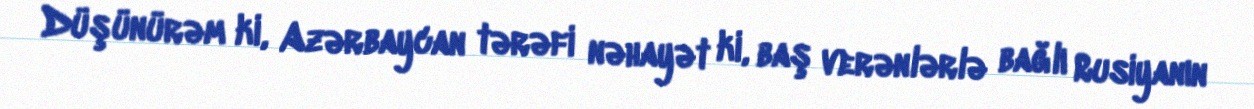
Düşünürəm ki, Azərbaycan tərəfi nəhayət ki, baş verənlərlə bağlı Rusiyanın